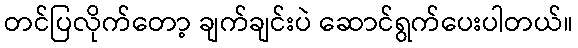
တင်ပြလိုက်တော့ ချက်ချင်းပဲ ဆောင်ရွက်ပေးပါတယ်။